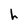
Character: h